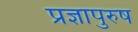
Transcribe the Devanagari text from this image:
प्रज्ञापुरुष